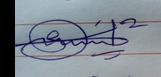
Signature authenticity: genuine